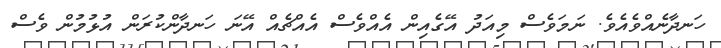
ހަނދާނެއްވެއެވެ. ނަމަވެސް މިއަދު އޭގެއިން އެއްވެސް އެއްޗެއް އޭނަ ހަނދާންކުރަން އުޅުމުން ވެސް